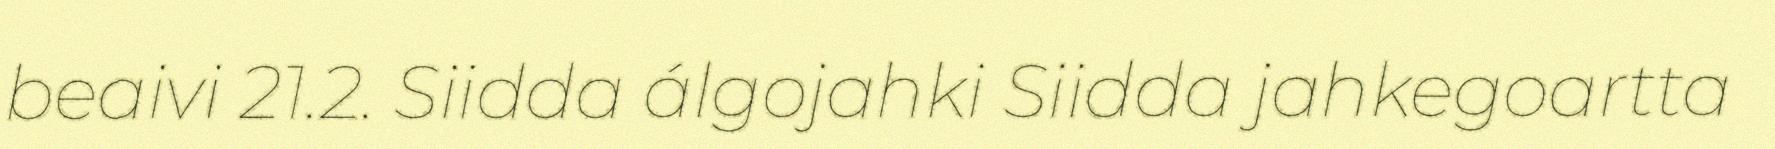
beaivi 21.2. Siidda álgojahki Siidda jahkegoartta